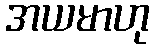
အယမာဟု